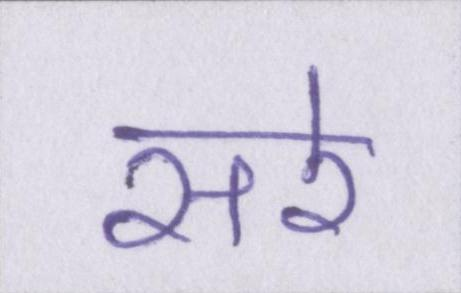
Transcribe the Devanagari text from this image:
सरे